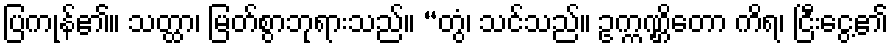
ပြကုန်၏။ သတ္ထာ၊ မြတ်စွာဘုရားသည်။ “တွံ၊ သင်သည်။ ဥက္ကဏ္ဌိတော ကိရ၊ ငြီးငွေ့၏